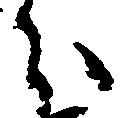
分